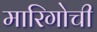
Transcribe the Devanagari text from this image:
मारिगोची